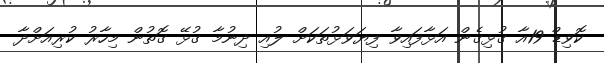
ކޮވިޑް-19އާ ގުޅިގެން އަޅާފައިވާ ފިޔަވަޅުތަކަށް ލުއި ދިނުމާ ގުޅޭ ގޮތުން މިހާރު ކުރިއަށްދާ